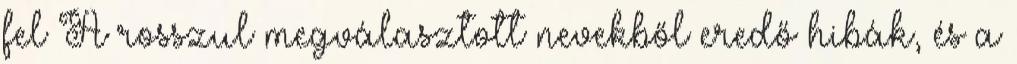
fel A rosszul megválasztott nevekből eredő hibák, és a